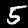
Label: 5